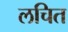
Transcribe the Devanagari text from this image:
लचित